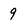
Character: 9